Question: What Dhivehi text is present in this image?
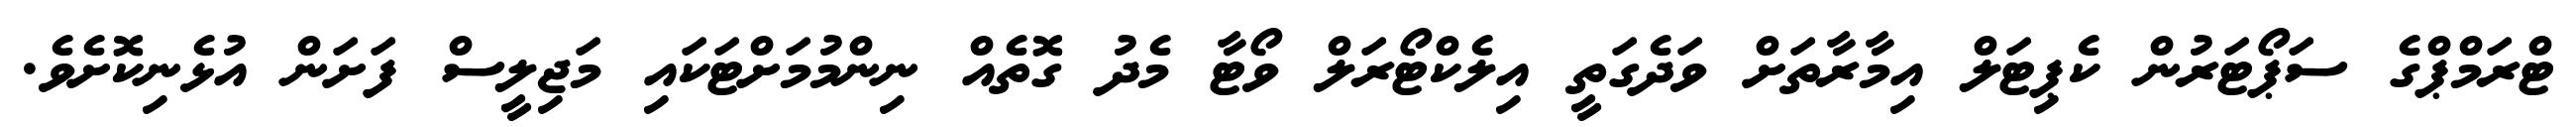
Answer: ޓްރަމްޕްގެ ސަޕޯޓަރުން ކެޕިޓަލް އިމާރާތަށް ވަދެގަތީ އިލެކްޓޯރަލް ވޯޓާ މެދު ގޮތެއް ނިންމުމަށްޓަކައި މަޖިލީސް ފަށަން އުޅެނިކޮށެވެ.